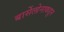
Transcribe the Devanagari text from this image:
बार्सेलोनाकडुन